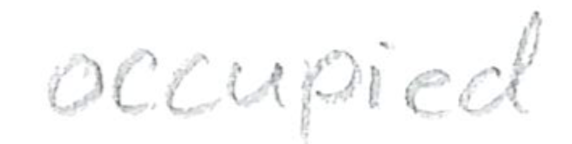
Text: occupied
Cross-out: clean
Writing tool: pencil